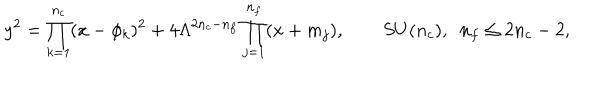
y ^ { 2 } = \prod _ { k = 1 } ^ { n _ { c } } ( x - \phi _ { k } ) ^ { 2 } + 4 \Lambda ^ { 2 n _ { c } - n _ { f } } \prod _ { j = 1 } ^ { n _ { f } } ( x + m _ { j } ) , \qquad S U ( n _ { c } ) , \, \, \, n _ { f } \le 2 n _ { c } - 2 ,